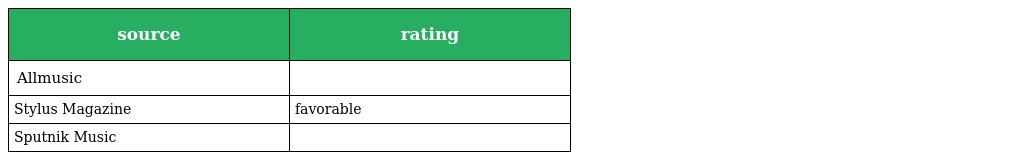
| source | rating |
 | --- | --- |
 | Allmusic |  |
 | Stylus Magazine | favorable |
 | Sputnik Music |  |